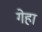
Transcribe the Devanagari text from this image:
गेहा